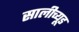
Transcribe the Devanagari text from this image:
सालीच्यूड